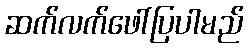
ဆက်လက်ဖေါ်ပြပါမည်